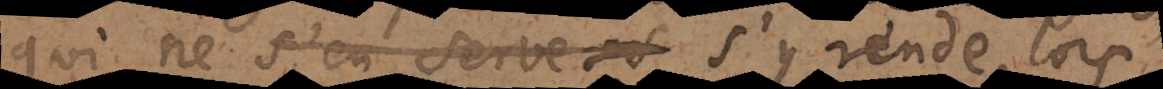
qui ne s’en serve s’y rende, lors